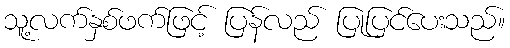
သူ့လက်နှစ်ဖက်ဖြင့် ပြန်လည် ပြုပြင်ပေးသည်။